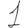
Digit: 1